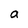
Character: a